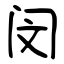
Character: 闵